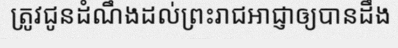
ត្រូវជូនដំណឹងដល់ព្រះរាជអាជ្ញាឲ្យបានដឹង